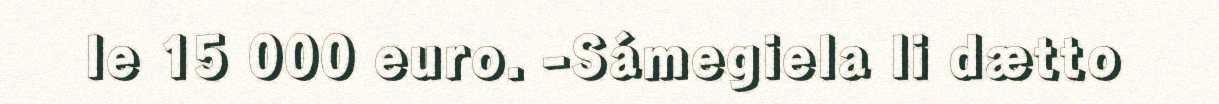
le 15 000 euro. -Sámegiela li dætto